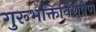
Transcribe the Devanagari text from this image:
गुरूभक्तिर्विशेषेण